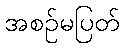
အစဉ်မပြတ်